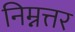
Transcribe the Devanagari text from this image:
निम्नत्तर